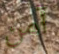
آمن